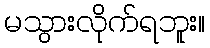
မသွားလိုက်ရဘူး။